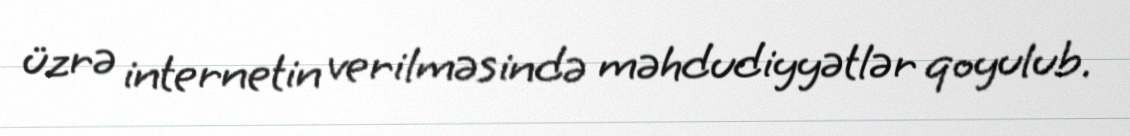
üzrə internetin verilməsində məhdudiyyətlər qoyulub.